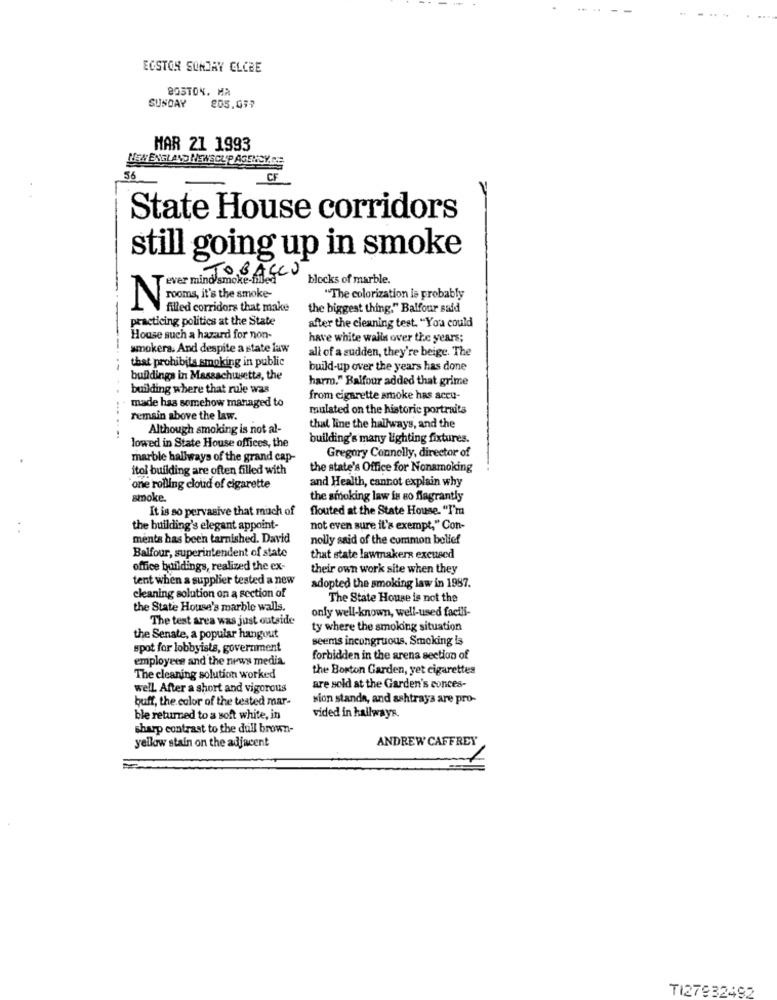
ECSTON SONDAY CLCBE
BOSTON, MA
SUNDAY
205.097
HAR 21 1993
NEW ENGLAND NEWSCUP AGENCY. CE
56
CF
State House corridors
still going up in smoke
T ever mind/smoke-filled
blocks of marble.
"The colorization is probably
Nrooms, it's the smoke
filled corridors that make
the biggest thing." Balfour said
practicing politics at the State
after the cleaning test. "You could
House such a hazard for non-
have white walls over the years;
smokers. And despite a state law
all of a sudden, they're beige. The
that prohibits smoking in public
build-up over the years has done
buildings in Massachusetts, the
harm." Balfour added that grime
building where that rule was
from cigarette smoke has accu-
made has somehow managed to
mulated on the historic portraits
remain above the law.
Although smoking is not al-
that line the hallways, and the
.....
building's many Lighting fixtures.
lowed in State House offices, the
marble hallways of the grand cap-
Gregory Connolly, director of
itol building are often filled with
the state's Office for Nonsmoking
and Health, cannot explain why
one rolling cloud of cigarette
smoke.
the smoking law is so flagrantly
It is so pervasive that much of
flouted at the State House. "I'm
the building's elegant appoint-
not even sure it's exempt," Con-
ments has been tarnished. David
nolly said of the common bollef
Balfour, superintendent of state
that state lawmakers excused
office buildings, realized the ex-
their own work site when they
tent when a supplier tested a new
adopted the smoking law in 1987.
cleaning solution on a section of
The State House is not the
the State House's marble walls.
only well-known, well-used facili-
The test area was just outside
ty where the smoking situation
the Senate, a popular hangout
seems incongruous, Smoking is
spot for lobbyists, government
employees and the news media.
forbidden in the arena section of
the Boston Garden, yet cigarettes
The cleaning solution worked
well. After a short and vigorous
are sold at the Garden's conces-
buff, the color of the tested mar-
sion stande, and ashtrays are pro-
ble returned to a soft white, in
vided in hallways.
sharp contrast to the dull brown-
ANDREW CAFFREY
yellow stain on the adjacent
TI27932492